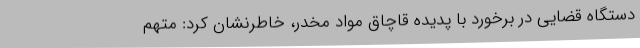
دستگاه قضایی در برخورد با پدیده قاچاق مواد مخدر، خاطرنشان کرد: متهم